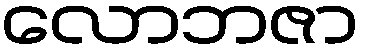
လောဘဇာ